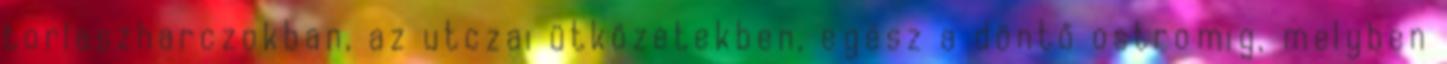
torlaszharczokban, az utczai ütközetekben, egész a döntő ostromig, melyben